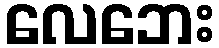
လေဘေး